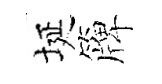
埏簰